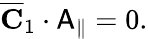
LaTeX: \begin{array}{r}{\overline{{\mathbf{C}}}_{1}\cdot\mathsf{A}_{\parallel}=0.}\end{array}